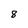
Character: 8